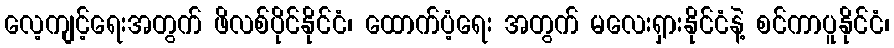
လေ့ကျင့်ရေးအတွက် ဖိလစ်ပိုင်နိုင်ငံ၊ ထောက်ပံ့ရေး အတွက် မလေးရှားနိုင်ငံနဲ့ စင်ကာပူနိုင်ငံ၊